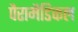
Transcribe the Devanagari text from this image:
पैरामैडिकल